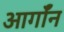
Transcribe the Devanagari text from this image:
आर्गॉन